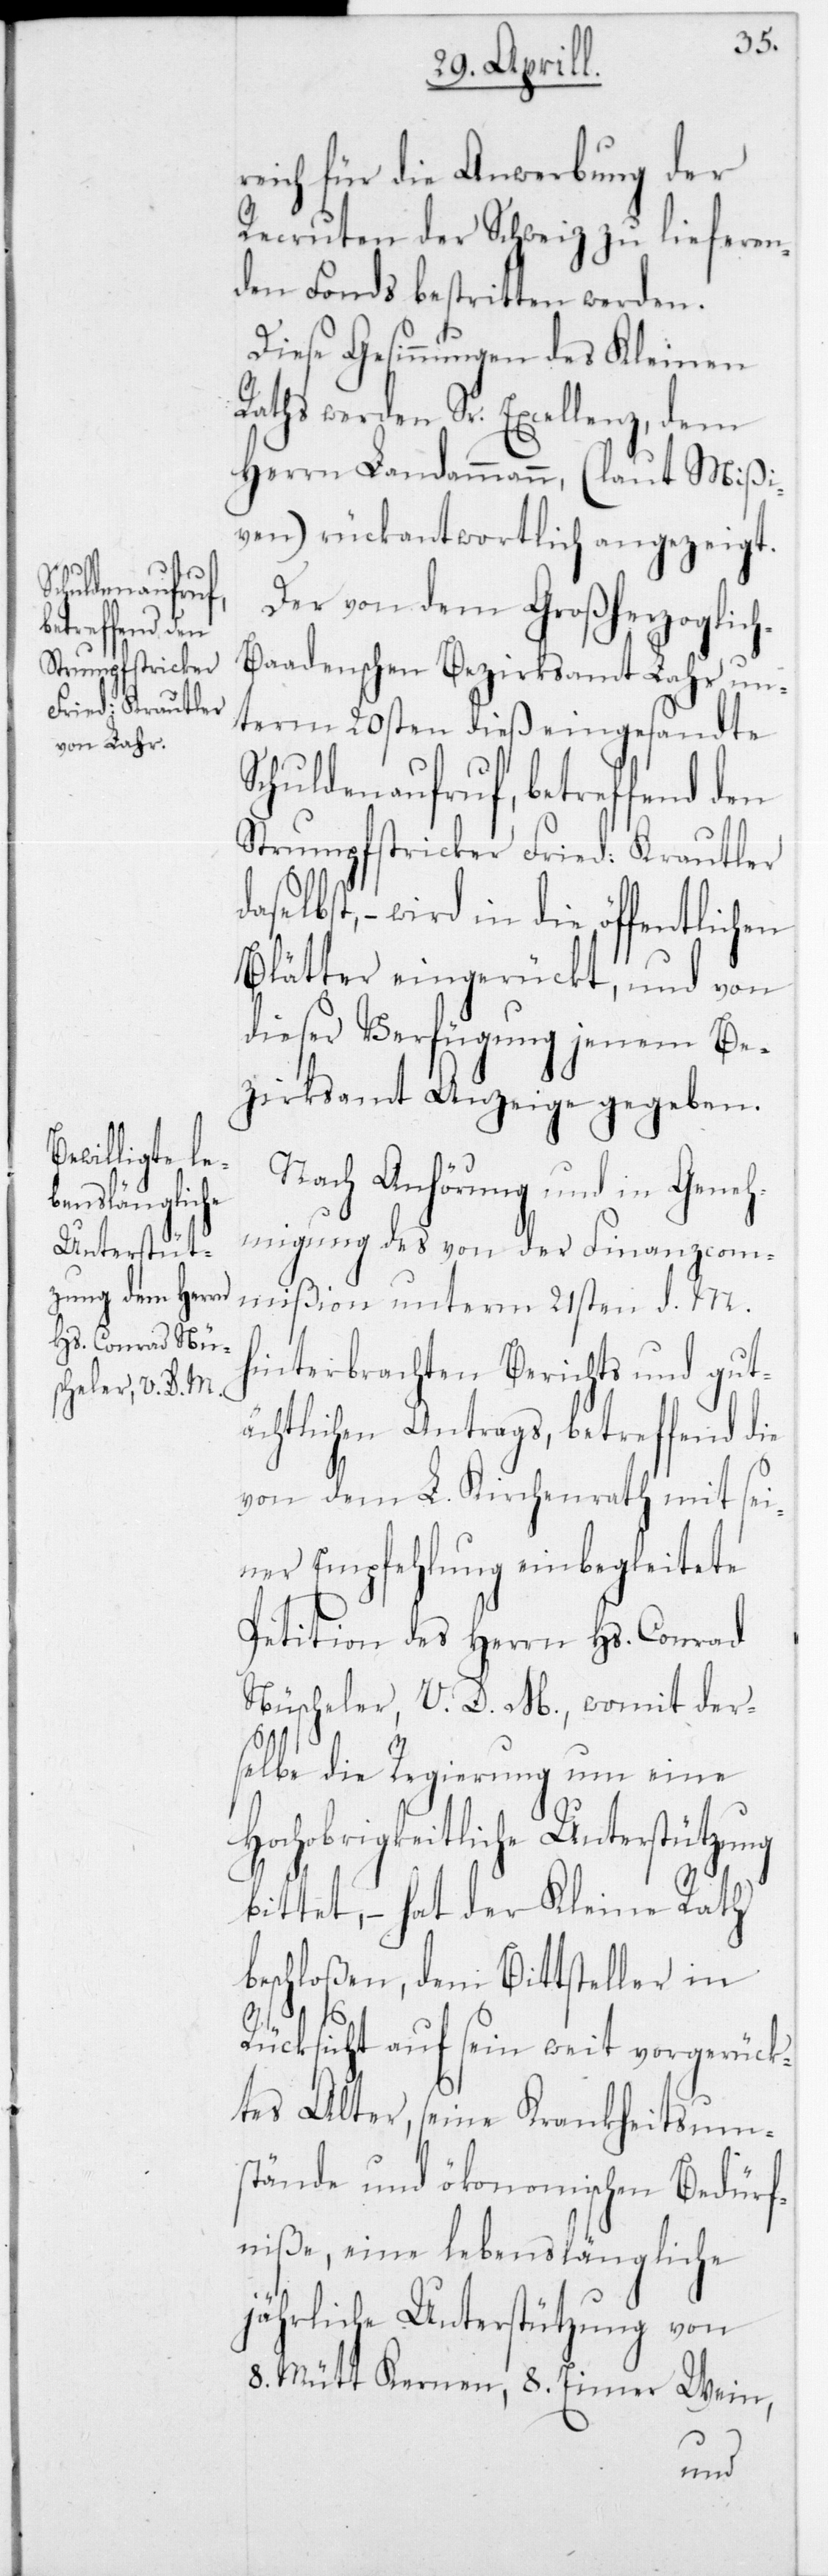
reich für die Anwerbung der
Recruten der Schweiz zu liefern¬
den Fonds bestritten werden.
Diese Gesinnungen des Kleinen
Raths werden Sr. Excellenz, dem
Herrn Landammann, (laut Mißi¬
ven) rückantwortlich angezeigt.
Der von dem Großherzoglic¬
h-Baadenschen Bezirksammt Lahr un¬
term 20sten dieß eingesandte
Schuldenaufruf, betreffend den
Strumpfstricker Fried. Krautler
selbst, – wird in die öffentlichen
Blätter eingerückt, und von
dieser Verfügung jenem Be¬
zirksammt Anzeige gegeben.
Nach Anhörung und in Geneh¬
migung des von der Finanzcom¬
mißion unterm 21sten d. M.
hinterbrachten Berichts und gut¬
ächtlichen Antrags, betreffend die
von dem L. Kirchenrath mit sei¬
ner Empfehlung einbegleitete
Petition des Herrn Hs. Conrad
Nüscheler, V. D. M., womit der¬
selbe die Regierung um eine
Hochobrigkeitliche Unterstützung
bittet, – hat der Kleine Rath
beschloßen, dem Bittsteller in
a¬
Rücksicht auf sein weit vorgerück¬
tes Alter, seine Krankheitsum¬
stände und ökonomischen Bedürf¬
niße, eine lebenslängliche
jährliche Unterstützung von
8 Mütt Kernen, 8 Eimer Wein,